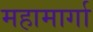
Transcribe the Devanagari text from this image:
महामार्गा